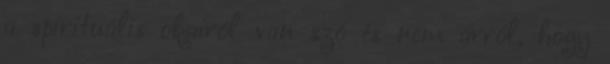
a spirituális okairól van szó és nem arról, hogy